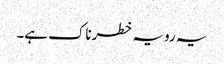
یہ رویہ خطرناک ہے۔